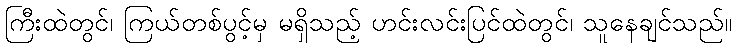
ကြီးထဲတွင်၊ ကြယ်တစ်ပွင့်မှ မရှိသည့် ဟင်းလင်းပြင်ထဲတွင်၊ သူနေချင်သည်။